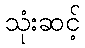
သုံးဆင့်